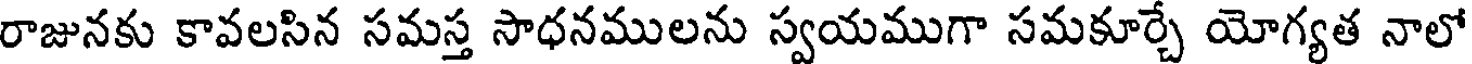
రాజునకు కావలసిన సమస్త సాధనములను స్వయముగా సమకూర్చే యోగ్యత నాలో